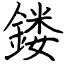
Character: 𨩐